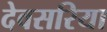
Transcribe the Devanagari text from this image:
देवसरिया